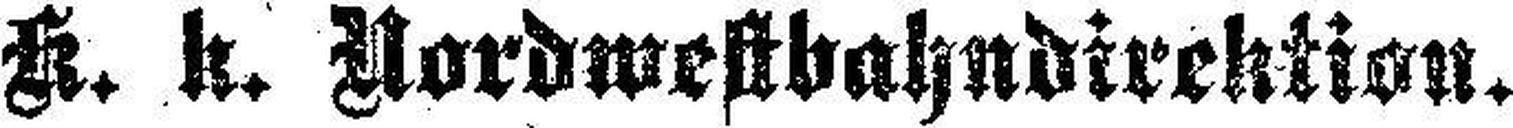
K. k. Nordwestbahndirektion.